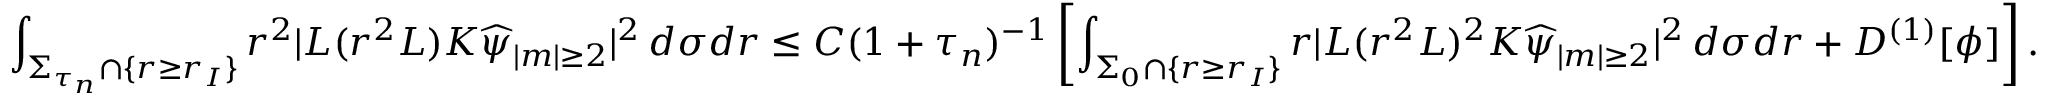
\int _ { \Sigma _ { \tau _ { n } } \cap \{ r \geq r _ { I } \} } r ^ { 2 } | L ( r ^ { 2 } L ) K \widehat { \psi } _ { | m | \geq 2 } | ^ { 2 } \, d \sigma d r \leq C ( 1 + \tau _ { n } ) ^ { - 1 } \left[ \int _ { \Sigma _ { 0 } \cap \{ r \geq r _ { I } \} } r | L ( r ^ { 2 } L ) ^ { 2 } K \widehat { \psi } _ { | m | \geq 2 } | ^ { 2 } \, d \sigma d r + D ^ { ( 1 ) } [ \phi ] \right] .